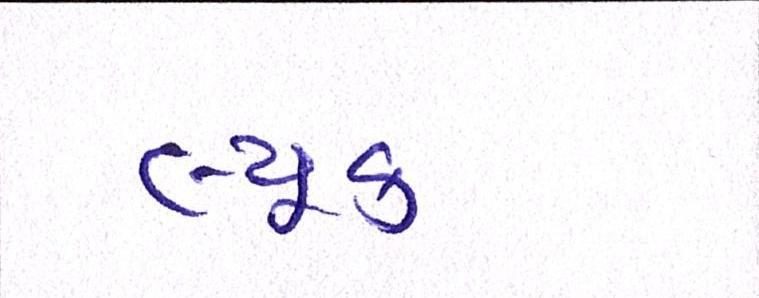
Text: લ્યૂક